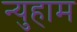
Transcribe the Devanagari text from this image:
न्युहाम